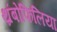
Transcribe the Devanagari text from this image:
थ्रंबोफिलिया